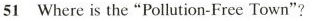
51 Where is the "Polution-Free Town"?